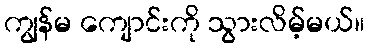
ကျွန်မ ကျောင်းကို သွားလိမ့်မယ်။